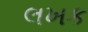
લખક